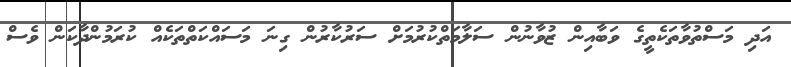
އަދި މަސްތުވާތަކެތީގެ ވަބާއިން ޒުވާނުން ސަލާމަތްކުރުމަށް ސަރުކާރުން ގިނަ މަސައްކަތްތަކެއް ކުރަމުންދާކަން ވެސް